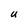
Character: U